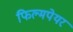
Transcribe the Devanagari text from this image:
फिल्मपेयर